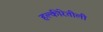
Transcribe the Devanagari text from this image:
हल्‍कीरेतीली